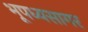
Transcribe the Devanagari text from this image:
भूपध्यसागर